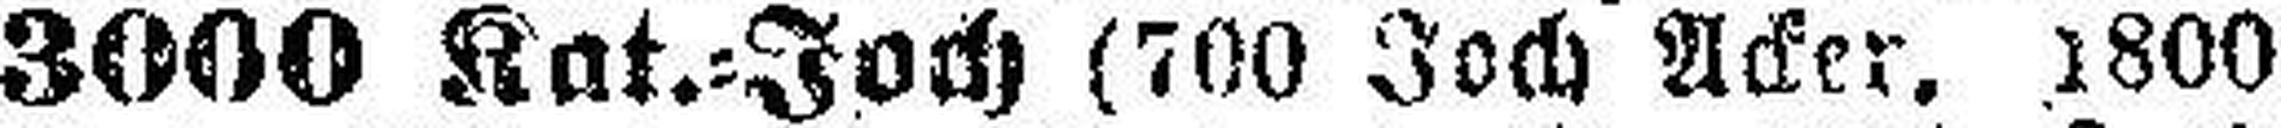
3000 Kat.=Joch (700 Joch Acker, 1800